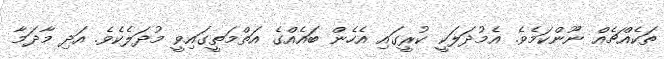
ތަކެއްޗެއް ނޫންކަމެވެ. އެމުދަލަކީ ކުރީގައި އެހެން ބައެއްގެ އަތްމަތީގައިވީ މުދަލެކެވެ. އަދި މާދަމާ